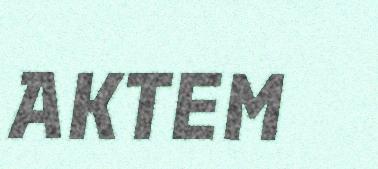
AKTEM